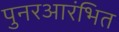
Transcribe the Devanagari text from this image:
पुनरआरंभित